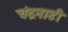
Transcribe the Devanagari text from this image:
चंद्रनाडी